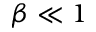
\beta \ll 1